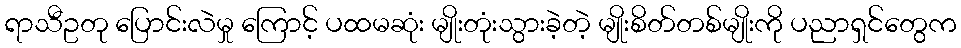
ရာသီဥတု ပြောင်းလဲမှု ကြောင့် ပထမဆုံး မျိုးတုံးသွားခဲ့တဲ့ မျိုးစိတ်တစ်မျိုးကို ပညာရှင်တွေက